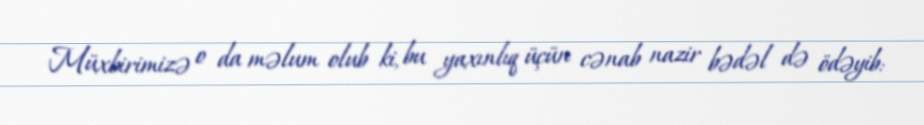
Müxbirimizə o da məlum olub ki, bu yaxınlıq üçün cənab nazir bədəl də ödəyib: